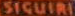
SIGUIRI